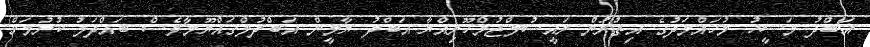
އަބްދު މަސީހު މުހައްމަދުގެ އިތުރުން ރައީސުލްޖުމްހޫރިއްޔާ އަބްދު ޔާމީން އަބްދުލްގައްޔޫމާވެސް ބައްދަލު ކުރުމަށް